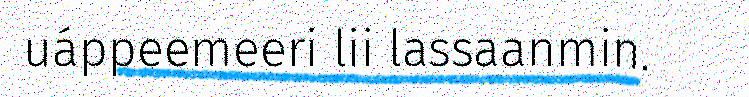
uáppeemeeri lii lassaanmin.